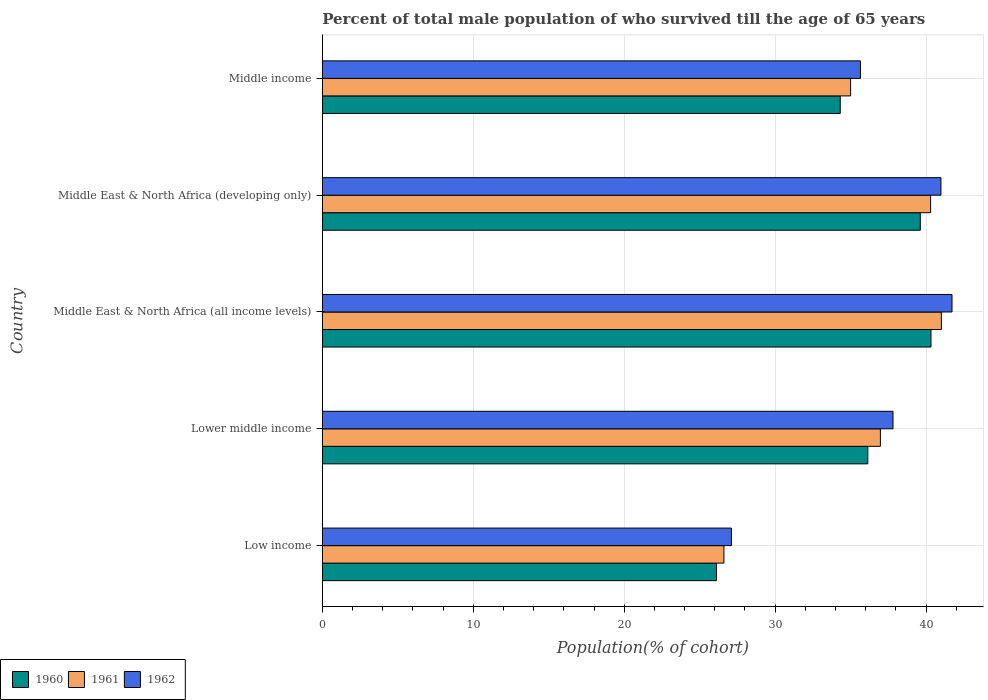
| Country | 1960 | 1961 | 1962 |
 | --- | --- | --- | --- |
 | Low income | 26.1 | 26.6 | 27.1 |
 | Lower middle income | 36.1 | 37 | 37.8 |
 | Middle East & North Africa (all income levels) | 40.3 | 41 | 41.7 |
 | Middle East & North Africa (developing only) | 39.6 | 40.3 | 41 |
 | Middle income | 34.3 | 35 | 35.7 |